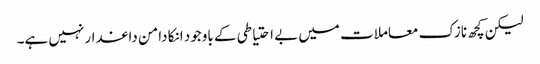
لیکن کچھ نازک معاملات میں بے احتیاطی کے باوجود انکا دامن داغدار نہیں ہے۔